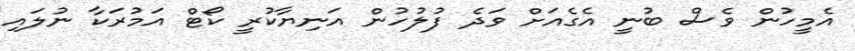
އެމީހުން ވެސް ބުނީ އެގެއަށް ވަދެ ފުލުހުން އަނިޔާކުރީ ކޯޓް އަމުރަކާ ނުލައި